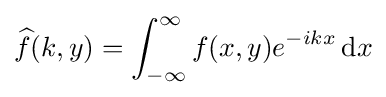
{\widehat {f}}(k,y)=\int _{-\infty }^{\infty }f(x,y)e^{-ikx}\,{\textrm {d}}x